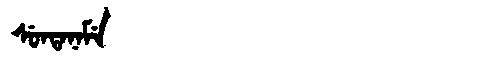
Manchu: ᠰᡠᠨᡨᠠᠨᠠᠮᡝ
Romanization: SUNTANAME